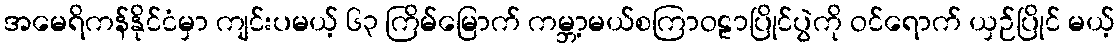
အမေရိကန်နိုင်ငံမှာ ကျင်းပမယ့် ၆၃ ကြိမ်မြောက် ကမ္ဘာ့မယ်စကြာဝဠာပြိုင်ပွဲကို ဝင်ရောက် ယှဉ်ပြိုင် မယ့်